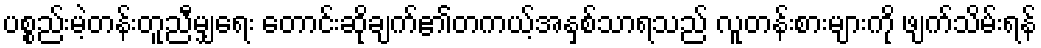
ပစ္စည်းမဲ့တန်းတူညီမျှရေး တောင်းဆိုချက်၏တကယ့်အနှစ်သာရသည် လူတန်းစားများကို ဖျက်သိမ်းရန်